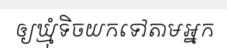
ឲ្យឃ្មុំទិចយកទៅតាមអ្នក